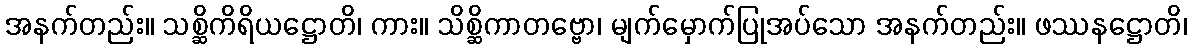
အနက်တည်း။ သစ္ဆိကိရိယဋ္ဌောတိ၊ ကား။ သိစ္ဆိကာတဗ္ဗော၊ မျက်မှောက်ပြုအပ်သော အနက်တည်း။ ဖဿနဋ္ဌောတိ၊